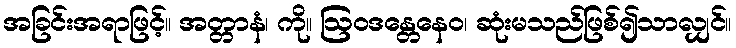
အခြင်းအရာဖြင့်။ အတ္တာနံ၊ ကို။ ဩဝဒန္တေနေဝ၊ ဆုံးမသည်ဖြစ်၍သာလျှင်။